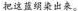
把这蓝绸染出来。